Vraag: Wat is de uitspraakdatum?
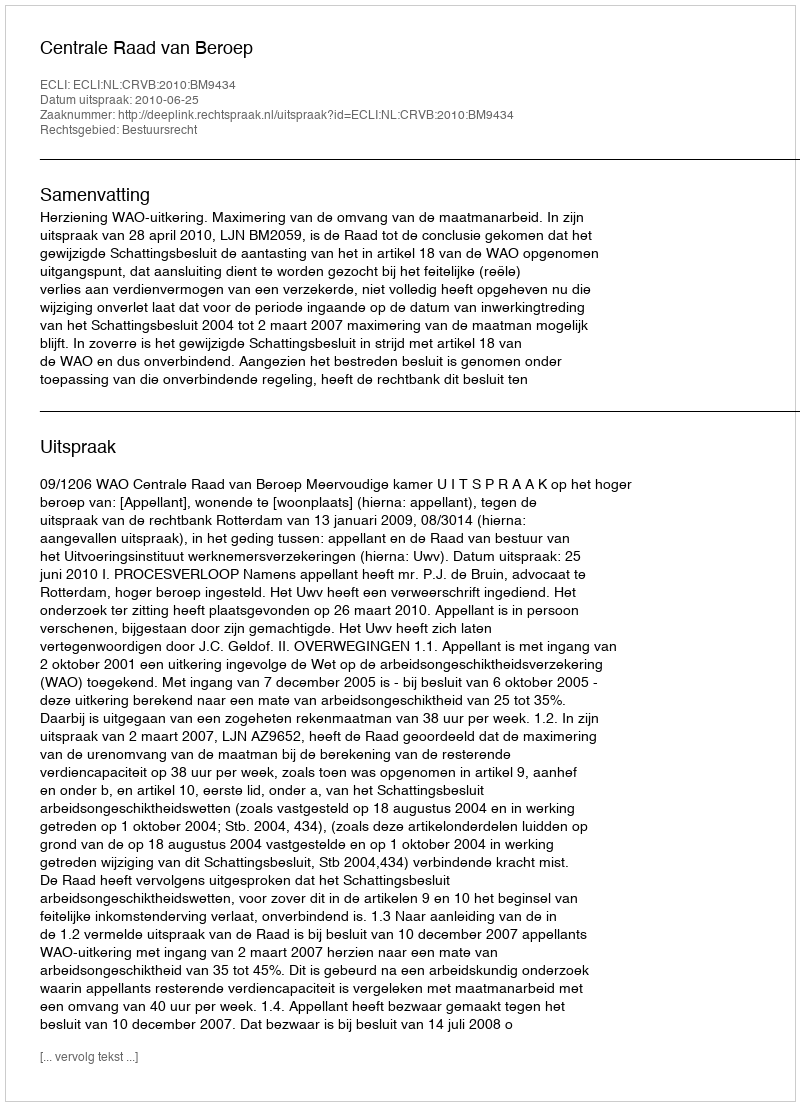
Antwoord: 2010-06-25